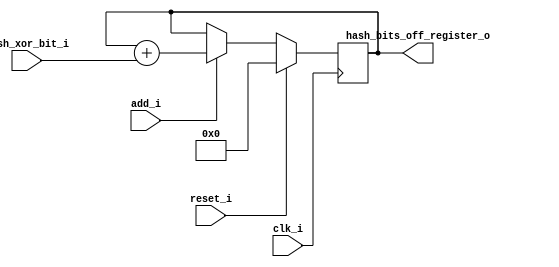
module hash_bits_off_register (
  input clk_i,
  input reset_i,
  input add_i,
  input hash_xor_bit_i,
  output [9:0] hash_bits_off_register_o
);

reg [9:0] hash_bits_off_register_d, hash_bits_off_register_q;

assign hash_bits_off_register_o = hash_bits_off_register_q;

always @(*) begin
  if (reset_i) begin
    hash_bits_off_register_d = 10'd0;
  end else if (add_i) begin
    hash_bits_off_register_d = hash_bits_off_register_q + hash_xor_bit_i;
  end else begin
    hash_bits_off_register_d = hash_bits_off_register_q;
  end
end

always @(posedge clk_i) begin
  hash_bits_off_register_q <= hash_bits_off_register_d;
end

endmodule